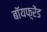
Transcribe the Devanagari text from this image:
बॉयफ़्रेंड